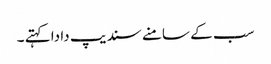
سب کے سامنے سندیپ دا دا کہتے ۔